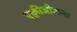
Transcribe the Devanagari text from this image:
एक्वीजीशन्स